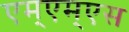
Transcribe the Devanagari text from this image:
एम्एम्एस